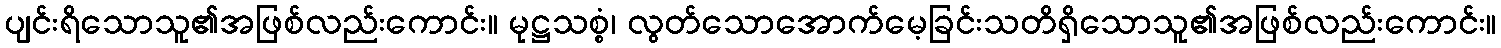
ပျင်းရိသောသူ၏အဖြစ်လည်းကောင်း။ မုဋ္ဌသစ္စံ၊ လွတ်သောအောက်မေ့ခြင်းသတိရှိသောသူ၏အဖြစ်လည်းကောင်း။